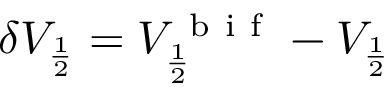
\delta V _ { \frac { 1 } { 2 } } = V _ { \frac { 1 } { 2 } } ^ { \mathrm { ~ b ~ i ~ f ~ } } - V _ { \frac { 1 } { 2 } }